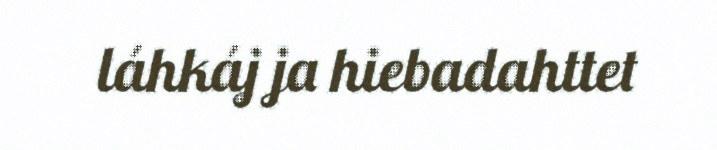
láhkáj ja hiebadahttet